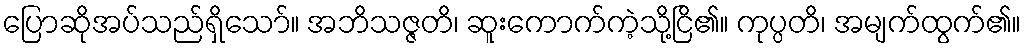
ပြောဆိုအပ်သည်ရှိသော်။ အဘိသဇ္ဇတိ၊ ဆူးကောက်ကဲ့သို့ငြိ၏။ ကုပ္ပတိ၊ အမျက်ထွက်၏။